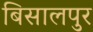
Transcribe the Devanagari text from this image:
बिसालपुर